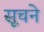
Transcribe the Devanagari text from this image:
सूचने